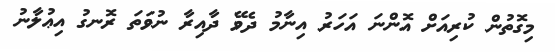
މިގޮތުން ކުރިއަށް އޮންނަ އަހަރު އިނާމު ދެވޭ ދާއިރާ ނުވަތަ ރޮނގު އިޢުލާނު